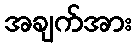
အချက်အား